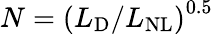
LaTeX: N={(L_{\mathrm{D}}/L_{\mathrm{NL}})}^{0.5}